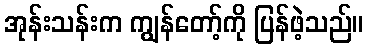
အုန်းသန်းက ကျွန်တော့်ကို ပြန်ဖဲ့သည်။